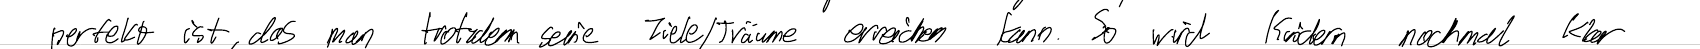
perfekt ist, das man trotzdem seine Ziele / Träume erreichen kann. So wird Kindern nochmal Klar